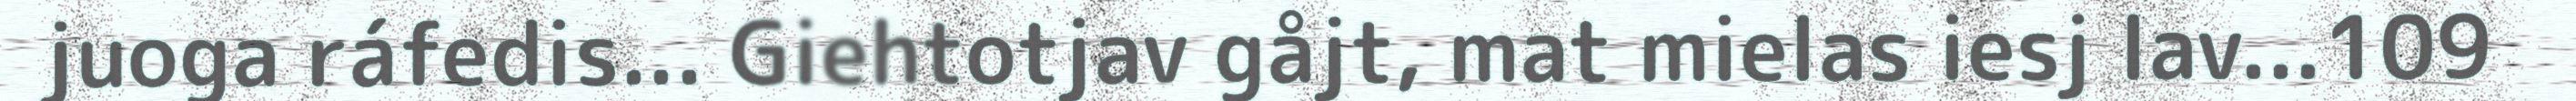
juoga ráfedis... Giehtotjav gåjt, mat mielas iesj lav...109